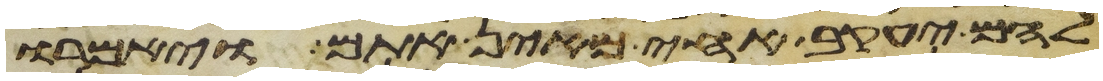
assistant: להם יעקב אחי מאין אתם ויאמרו